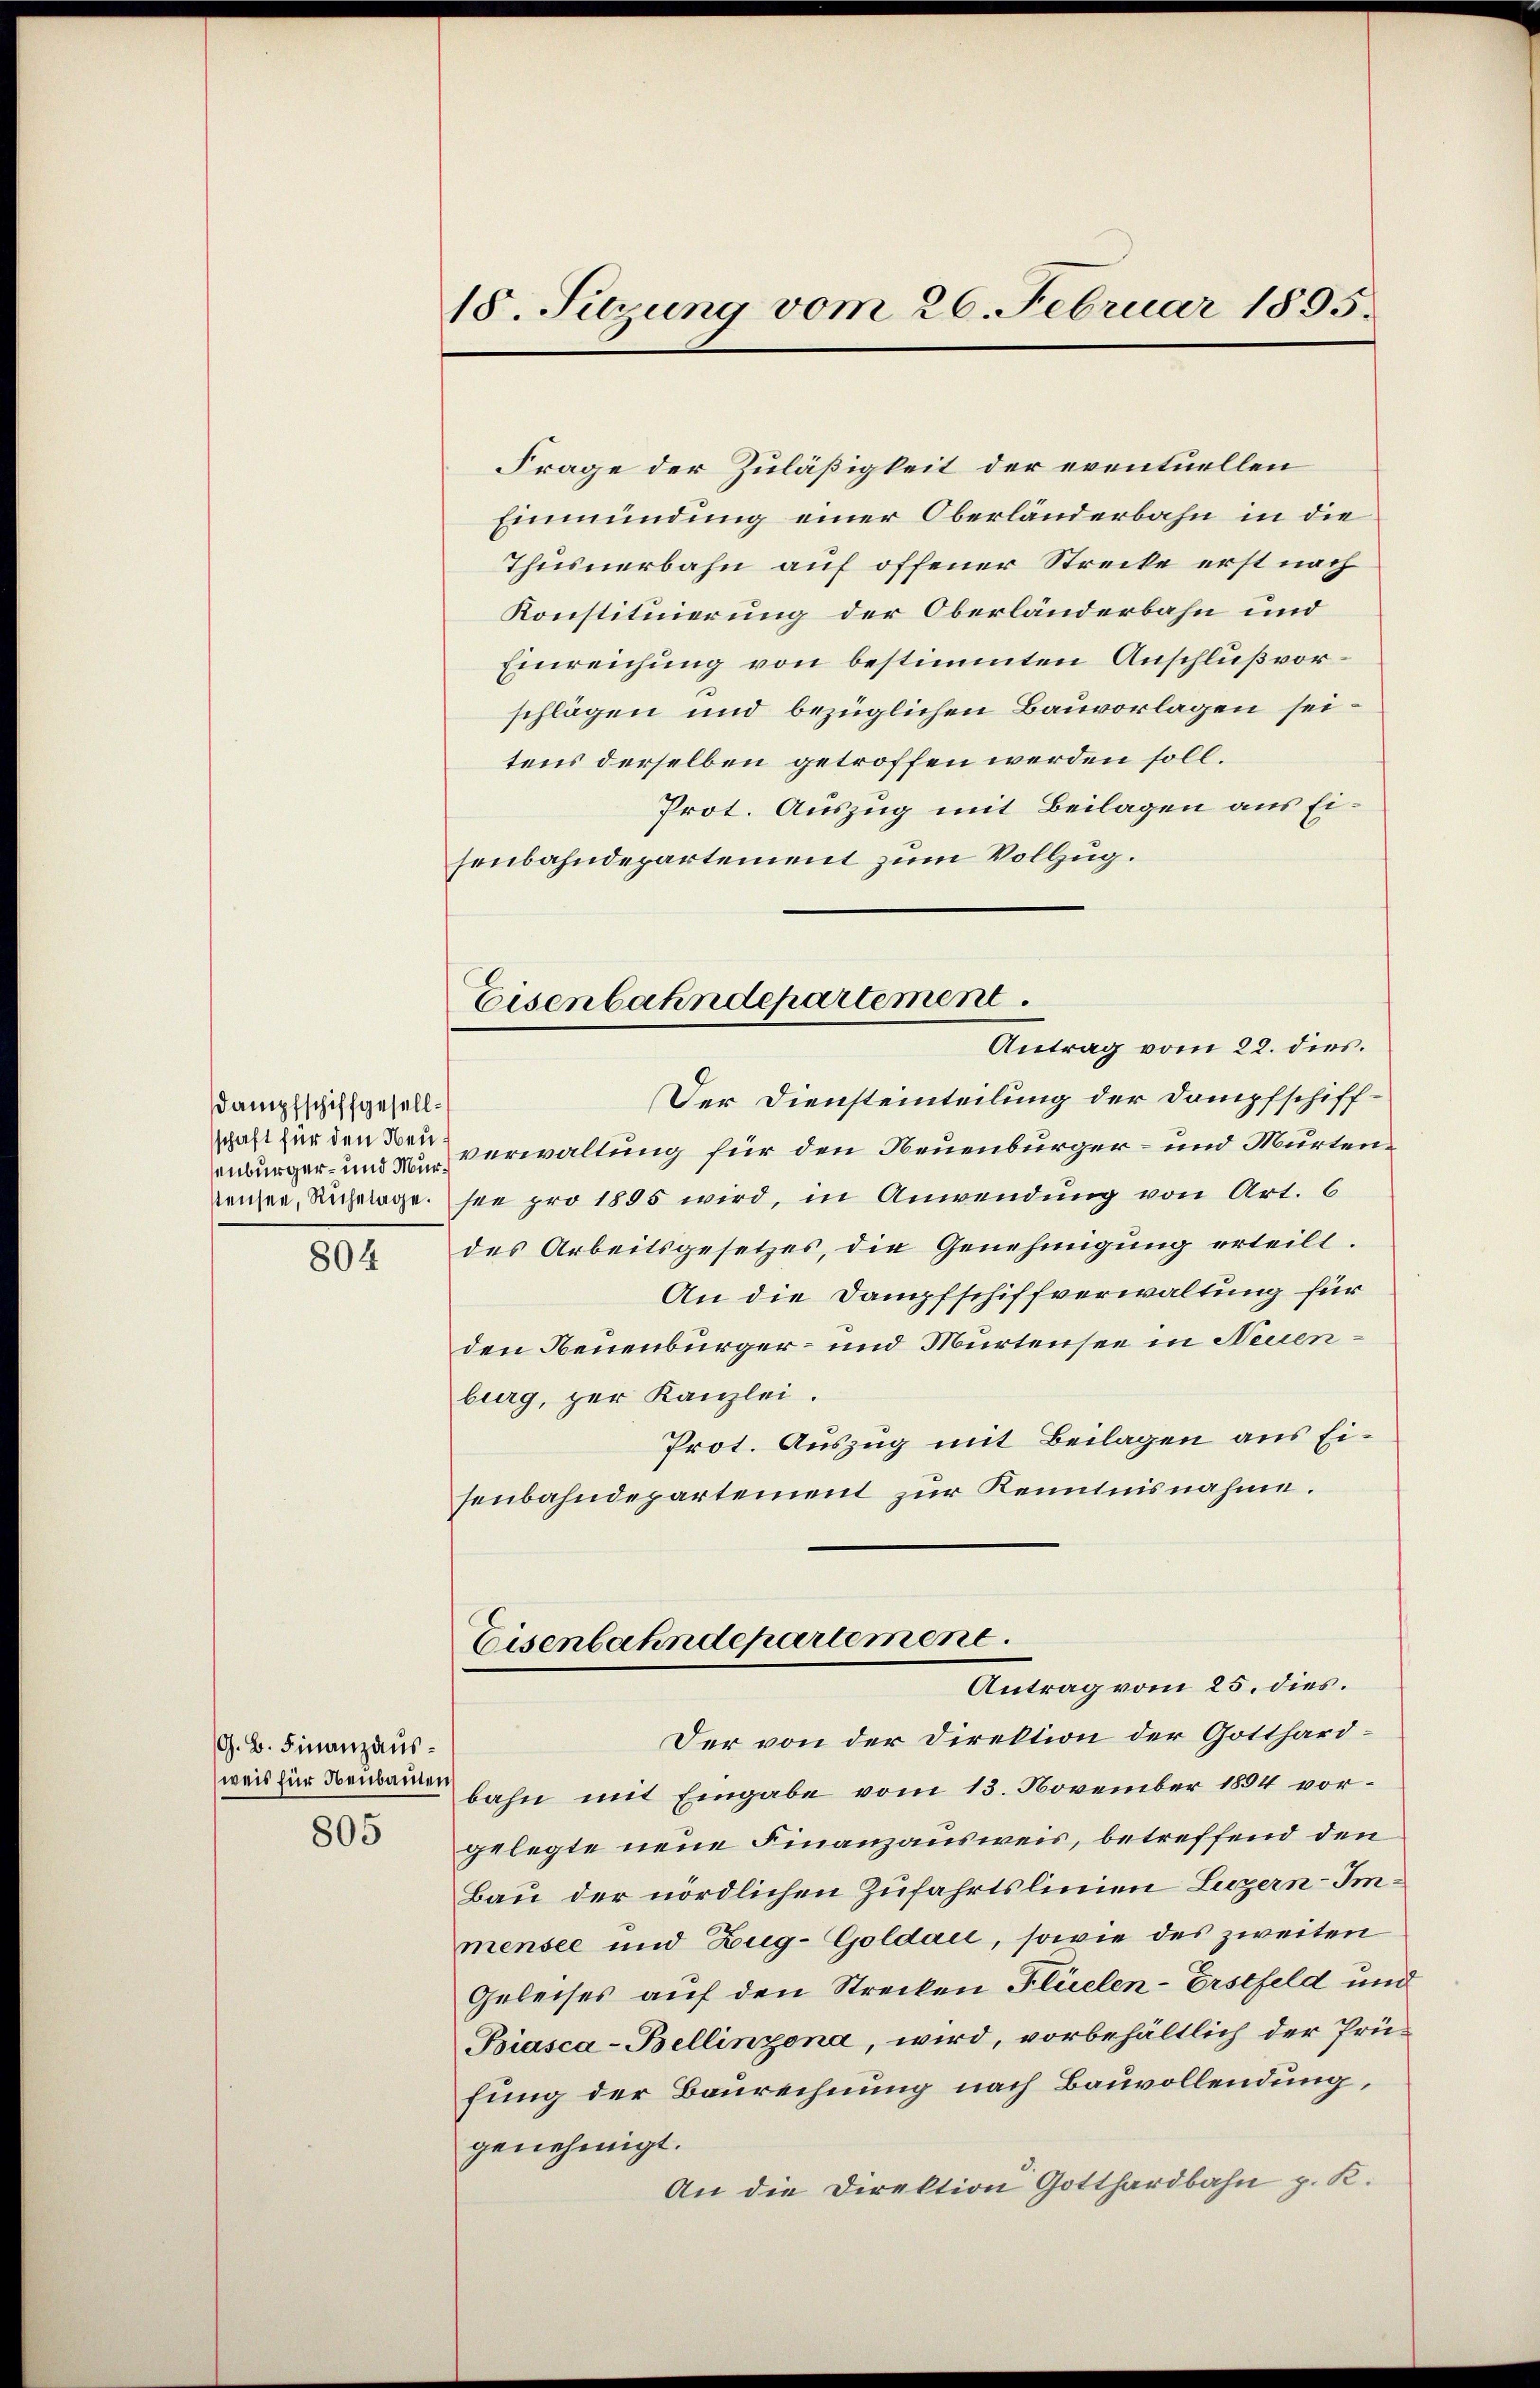
Dampfschiffgesellsschaft für den Neuenburger- und Murstensee, Ruhetage.

804

G. B. Finanzausweis für Neubauten
805

18. Setzung vom 26. Februar 1895.

Frage der Zuläßigkeit der eventuellen
Einmündung einer Oberlanderbahn in die
Thusnerbahn auf offener Strecke erst nach
Konstituierung der Oberländerbahn und
Einreichung von bestimmten Anschluß vorschlägen und bezüglichen Bauvorlagen seitens derselben getroffen werden soll.
Prot. Auszug mit Beilagen aus Eisenbahndepartement zum Vollzug.
Der Diensteinteilung der Dampfschiffverwaltung für den Neuenbürger- und Mürtense pro 1885 wird, in Anwendung von Art. 6
des Arbeitsgesetzes, die Genehmigung erteilt.
An die Dampfschiffverwaltung für
den Neuenbürger- und Murtensee in Neuenburg, zur Kanzlei.
Prot. Auszug mit Beilagen aus Eisenbahndepartement zur Kenntnisnahme.
Eisenbahndepartement
Antrag vom 25. dies.
Der von der Direktion der Gotthardbahn mit Eingabe vom 13. November 1894 vorgelegte neue Finanzausweis, betreffend den
Bau der nördlichen Zufahrtslinien Luzern- Immensee und Zug-Goldau, sowie des zweiten
Geleises auf den Strecken Flüelen-Erstfeld und
Biasca-Bellinzona, wird, vorbehältlich der Prü-
fung der Baurechnung nach Bauvollendung,
genehmigt.
An die Direktion Gotthardbahn p. K.

Eisenbahndepartement
Antrag vom 22. dies.